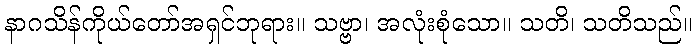
နာဂသိန်ကိုယ်တော်အရှင်ဘုရား။ သဗ္ဗာ၊ အလုံးစုံသော။ သတိ၊ သတိသည်။